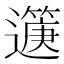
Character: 𨘟